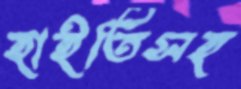
হাইতিসহ